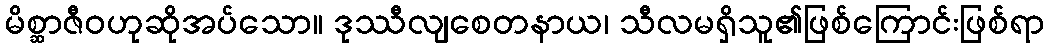
မိစ္ဆာဇီဝဟုဆိုအပ်သော။ ဒုဿီလျစေတနာယ၊ သီလမရှိသူ၏ဖြစ်ကြောင်းဖြစ်ရာ